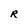
Character: R